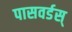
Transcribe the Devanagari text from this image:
पासवर्डस्